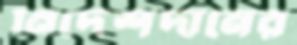
নির্দেশদানের